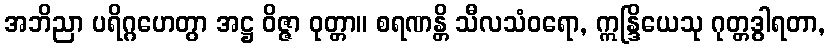
အဘိညာ ပရိဂ္ဂဟေတွာ အဋ္ဌ ဝိဇ္ဇာ ဝုတ္တာ။ စရဏန္တိ သီလသံဝရော, ဣန္ဒြိယေသု ဂုတ္တဒွါရတာ,